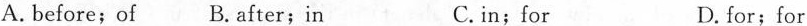
A. before;of B.after;in C.in;for D. for;for